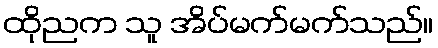
ထိုညက သူ အိပ်မက်မက်သည်။